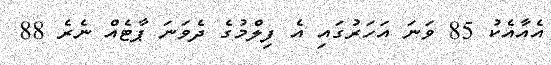
އެއާއެކު 85 ވަނަ އަހަރުގައި އެ ފިލްމުގެ ދެވަނަ ޕާޓެއް ނެރެ 88